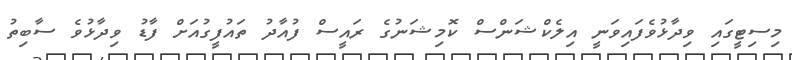
މިސިޓީގައި ވިދާޅުވެފައިވަނީ އިލެކްޝަންސް ކޮމިޝަނުގެ ރައީސް ފުއާދު ތައުފީގުއަށް ފާޑު ވިދާޅުވެ ސާބިތު